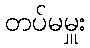
တပ်မမှူး